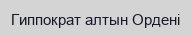
Гиппократ алтын Ордені